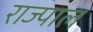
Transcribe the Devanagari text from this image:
राज्पाल